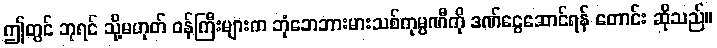
ဤတွင် ဘုရင် သို့မဟုတ် ဝန်ကြီးများက ဘုံဘေဘားမားသစ်ကုမ္ပဏီကို ဒဏ်ငွေဆောင်ရန် တောင်း ဆိုသည်။